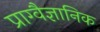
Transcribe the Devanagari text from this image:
प्राग्वैज्ञानिक